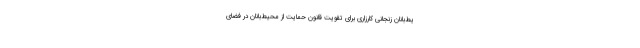
یط‌بانان زنجانی کارزاری برای تقویت قانون حمایت از محیط‌بانان در فضای